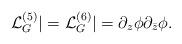
LaTeX: \begin{align*}{\mathcal L}_G^{(5)} |={\mathcal L}_G^{(6)} |= \partial_z\phi \partial_{\bar z}\phi.\end{align*}